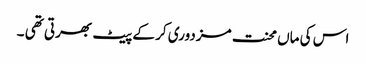
اس کی ماں محنت مزدوری کر کے پیٹ بھرتی تھی ۔